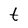
Character: t